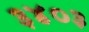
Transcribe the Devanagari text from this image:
३४०३